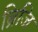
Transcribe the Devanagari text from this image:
ब्रिजि